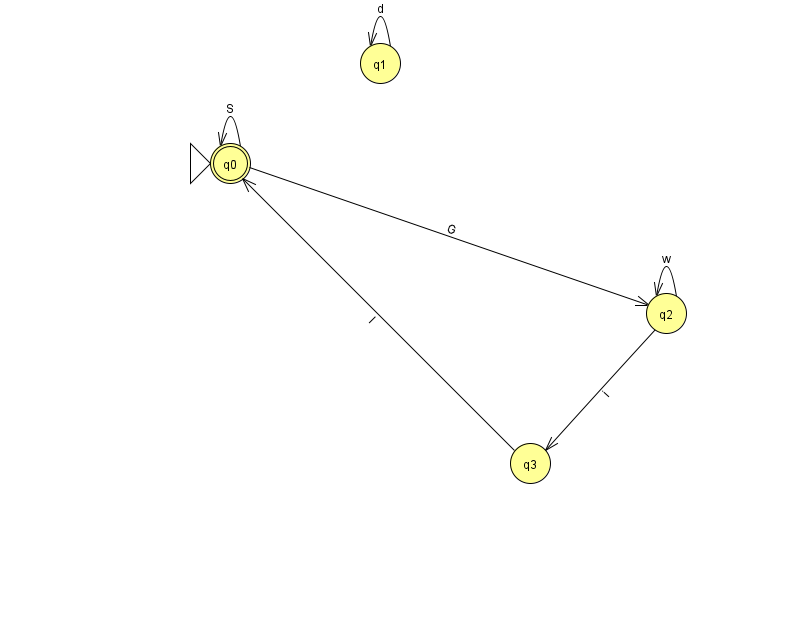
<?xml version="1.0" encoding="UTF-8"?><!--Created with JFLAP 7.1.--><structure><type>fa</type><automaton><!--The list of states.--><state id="0" name="q0"><x>230.0</x><y>150.0</y><initial/><final/></state><state id="1" name="q1"><x>380.0</x><y>50.0</y></state><state id="2" name="q2"><x>666.0</x><y>300.0</y></state><state id="3" name="q3"><x>530.0</x><y>450.0</y></state><!--The list of transitions.--><transition><from>3</from><to>0</to><read>I</read></transition><transition><from>0</from><to>0</to><read>S</read></transition><transition><from>1</from><to>1</to><read>d</read></transition><transition><from>2</from><to>2</to><read>w</read></transition><transition><from>0</from><to>2</to><read>G</read></transition><transition><from>2</from><to>3</to><read>i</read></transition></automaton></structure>